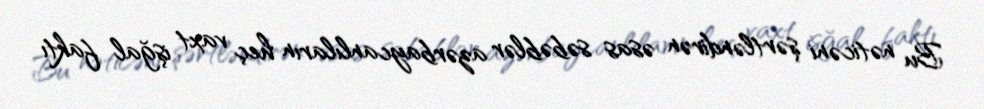
Bu nəticəni şərtləndirən əsas səbəblər azərbaycanlıların heç vaxt işğal faktı